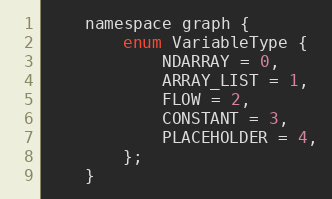
Language: C
    namespace graph {
        enum VariableType {
            NDARRAY = 0,
            ARRAY_LIST = 1,
            FLOW = 2,
            CONSTANT = 3,
            PLACEHOLDER = 4,
        };
    }